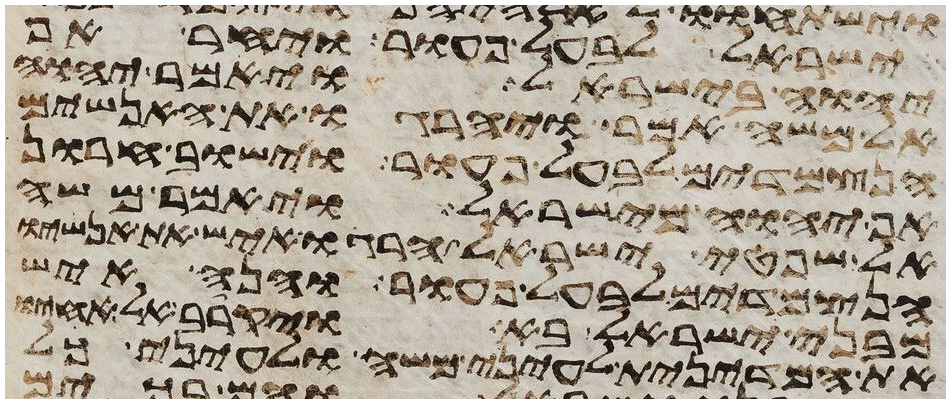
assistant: ישראל לבעל פעור ויחר אף
יהוה בישראל ויאמר יהוה
אל משה אמר ויהרגו את האנשים
הנצמדים לבעל פעור וישוב חרון
אף יהוה מישראל ויאמר משה
אל שפטי ישראל הרגו איש את אנשיו
הנצמדים לבעל פעור והנה איש
מבני ישראל בא ויקרב אל אחיו
את המדינית לעיני משה ולעיני כל